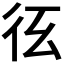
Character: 𢓎